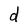
Character: d